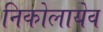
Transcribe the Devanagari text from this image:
निकोलायेव